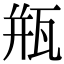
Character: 瓶